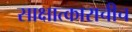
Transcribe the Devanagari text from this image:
साक्षात्काराचीच